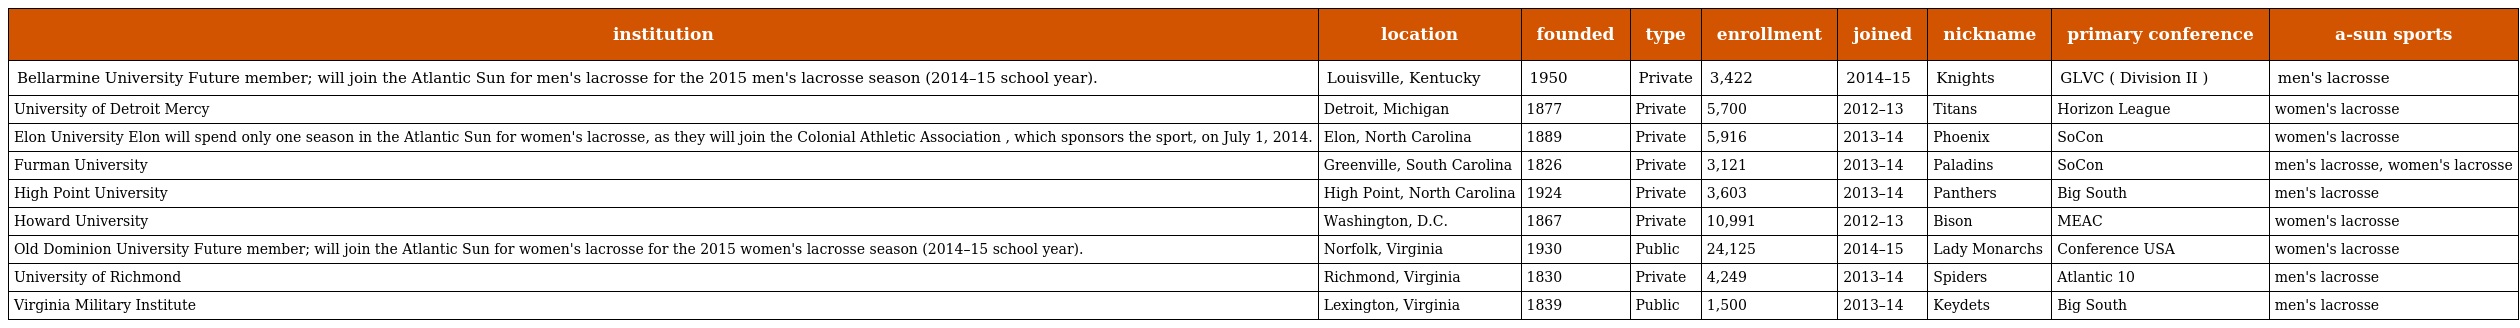
| institution | location | founded | type | enrollment | joined | nickname | primary conference | a-sun sports |
 | --- | --- | --- | --- | --- | --- | --- | --- | --- |
 | Bellarmine University Future member; will join the Atlantic Sun for men's lacrosse for the 2015 men's lacrosse season (2014–15 school year). | Louisville, Kentucky | 1950 | Private | 3,422 | 2014–15 | Knights | GLVC ( Division II ) | men's lacrosse |
 | University of Detroit Mercy | Detroit, Michigan | 1877 | Private | 5,700 | 2012–13 | Titans | Horizon League | women's lacrosse |
 | Elon University Elon will spend only one season in the Atlantic Sun for women's lacrosse, as they will join the Colonial Athletic Association , which sponsors the sport, on July 1, 2014. | Elon, North Carolina | 1889 | Private | 5,916 | 2013–14 | Phoenix | SoCon | women's lacrosse |
 | Furman University | Greenville, South Carolina | 1826 | Private | 3,121 | 2013–14 | Paladins | SoCon | men's lacrosse, women's lacrosse |
 | High Point University | High Point, North Carolina | 1924 | Private | 3,603 | 2013–14 | Panthers | Big South | men's lacrosse |
 | Howard University | Washington, D.C. | 1867 | Private | 10,991 | 2012–13 | Bison | MEAC | women's lacrosse |
 | Old Dominion University Future member; will join the Atlantic Sun for women's lacrosse for the 2015 women's lacrosse season (2014–15 school year). | Norfolk, Virginia | 1930 | Public | 24,125 | 2014–15 | Lady Monarchs | Conference USA | women's lacrosse |
 | University of Richmond | Richmond, Virginia | 1830 | Private | 4,249 | 2013–14 | Spiders | Atlantic 10 | men's lacrosse |
 | Virginia Military Institute | Lexington, Virginia | 1839 | Public | 1,500 | 2013–14 | Keydets | Big South | men's lacrosse |